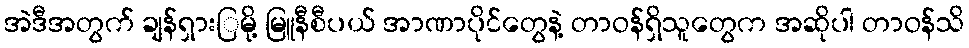
အဲဒီအတွက် ချန်ရှားြမို့ မြူနီစီပယ် အာဏာပိုင်တွေနဲ့ တာဝန်ရှိသူတွေက အဆိုပါ တာဝန်သိ